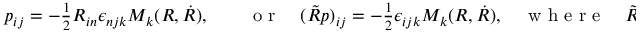
\begin{array} { r } { p _ { i j } = - \frac 1 2 R _ { i n } \epsilon _ { n j k } M _ { k } ( R , \dot { R } ) , \qquad \mathrm { ~ o ~ r ~ } \quad ( \tilde { R } p ) _ { i j } = - \frac 1 2 \epsilon _ { i j k } M _ { k } ( R , \dot { R } ) , \quad \mathrm { ~ w ~ h ~ e ~ r ~ e ~ } \quad \tilde { R } \equiv R ^ { - 1 } . } \end{array}